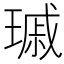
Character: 𤨟